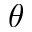
\theta